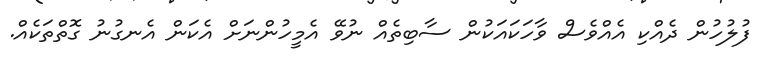
ފުލުހުން ދެއްކި އެއްވެސް ވާހަކައަކުން ސާބިތެއް ނުވޭ އެމީހުންނަށް އެކަން އެނގުނު ގޮތްތަކެއް.